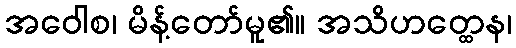
အဝေါစ၊ မိန့်တော်မူ၏။ အသိဟတ္ထေန၊